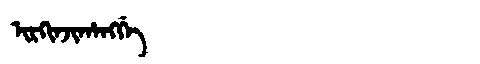
Manchu: ᡳᡵᡴᡳᠨᠵᡳᡥᠠᠩᡤᡝ
Romanization: IRKINJIHANGGE